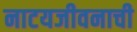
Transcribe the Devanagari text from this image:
नाटयजीवनाची